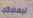
لبعضكما